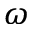
\omega